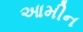
આમીન